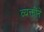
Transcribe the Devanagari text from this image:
व्यक्तींनें